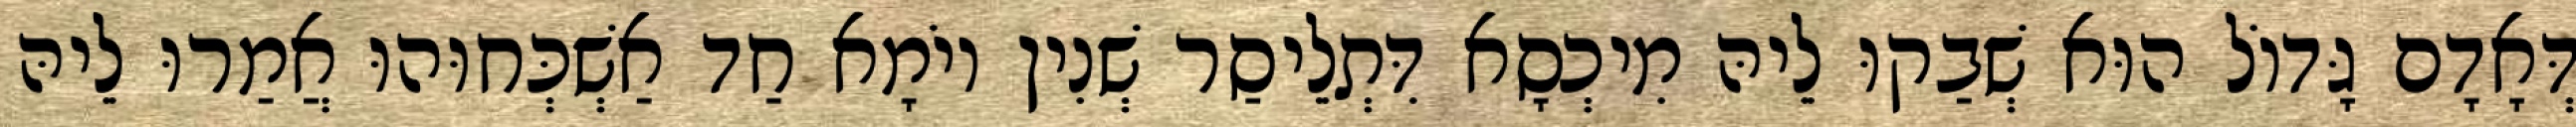
דְּאָדָם גָּדוֹל הוּא שְׁבַקוּ לֵיהּ מִיכְסָא דִּתְלֵיסַר שְׁנִין יוֹמָא חַד אַשְׁכְּחוּהוּ אֲמַרוּ לֵיהּ